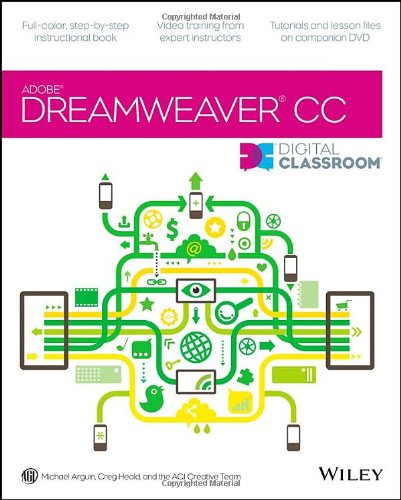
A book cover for Dreamweaver CC Digital Classroom; Michael Arguin; Computers & Technology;